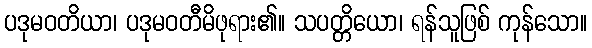
ပဒုမဝတိယာ၊ ပဒုမဝတီမိဖုရား၏။ သပတ္တိယော၊ ရန်သူဖြစ် ကုန်သော။